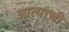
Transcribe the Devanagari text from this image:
आत्याची